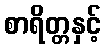
စာရိတ္တနှင့်